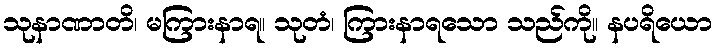
သုနာဏာတိ၊ မကြားနာရ။ သုတံ၊ ကြားနာရသော သည်ကို။ နပရိယော